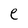
Character: e